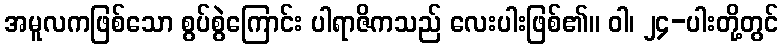
အမူလကဖြစ်သော စွပ်စွဲကြောင်း ပါရာဇိကသည် လေးပါးဖြစ်၏။ ဝါ၊ ၂၄-ပါးတို့တွင်